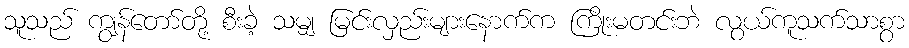
သူသည် ကျွန်တော်တို့ စီးခဲ့ သမျှ မြင်းလှည်းများနောက်က ကြိုးမတင်းဘဲ လွယ်ကူသက်သာစွာ